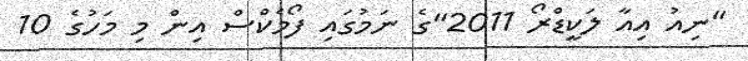
"ނިއު އިއާ ލަކީޑްރޯ 2011"ގެ ނަމުގައި ފޯމެކްސް އިން މި މަހުގެ 10